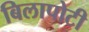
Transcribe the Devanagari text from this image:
बिलापोटी